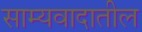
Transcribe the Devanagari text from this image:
साम्यवादातील